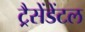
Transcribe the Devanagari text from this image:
ट्रैसेंडेंटल